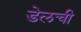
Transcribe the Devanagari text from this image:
डेलची